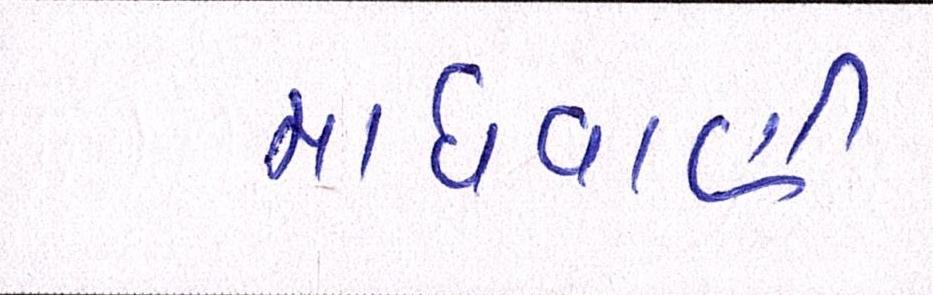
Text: માધવાણી